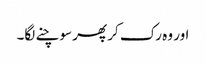
اور وہ رک کر پھر سوچنے لگا۔